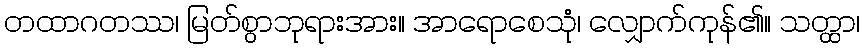
တထာဂတဿ၊ မြတ်စွာဘုရားအား။ အာရောစေသုံ၊ လျှောက်ကုန်၏။ သတ္ထာ၊